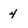
Character: 4